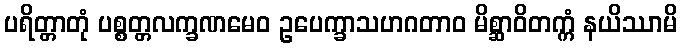
ပရိတ္တာတုံ ပစ္စတ္တလက္ခဏမေဝ ဥပေက္ခာသဟဂတာဝ မိစ္ဆာဝိတက္ကံ နယိဿာမိ